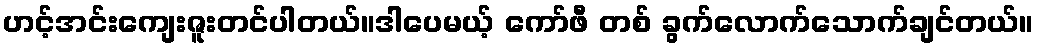
ဟင့်အင်းကျေးဇူးတင်ပါတယ်။ဒါပေမယ့် ကော်ဖီ တစ် ခွက်လောက်သောက်ချင်တယ်။